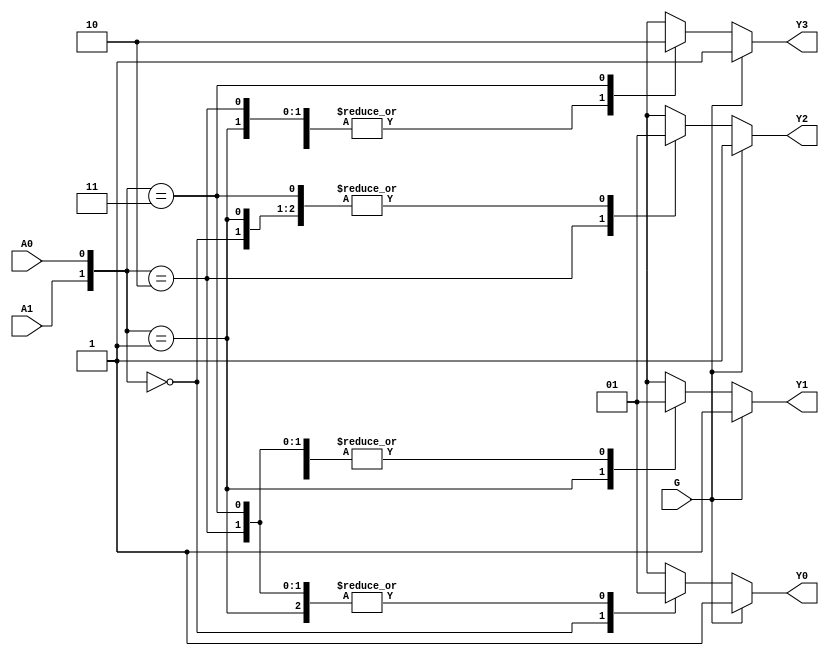
`timescale 1ns / 1ps
//////////////////////////////////////////////////////////////////////////////////
// Company: 
// Engineer: 
// 
// Design Name: 
// Module Name: _74LS139_Dec
// Project Name: 
// Target Devices: 
// Tool Versions: 
// Description: 
// 
// Dependencies: 
// 
// Revision:
// Revision 0.01 - File Created
// Additional Comments:
// 
//////////////////////////////////////////////////////////////////////////////////


module _74LS139_Dec(G,A1,A0,Y3,Y2,Y1,Y0);
    input G;//
    input A1;//
    input A0;
    output Y3;//
    output Y2;
    output Y1;
    output Y0;
    
    reg Y3,Y2,Y1,Y0;
    initial begin
        Y3 = 1;
        Y2 = 1;
        Y1 = 1;
        Y0 = 1;
    end
    always @(A1 or A0 or G  or Y0 or Y1 or Y2 or Y3) begin
        if(G) begin //
            Y3 = 1;
            Y2 = 1;
            Y1 = 1;
            Y0 = 1;
        end
        else begin
            case({A1,A0}) 
                0:begin
                    Y3 = 1;
                    Y2 = 1;
                    Y1 = 1;
                    Y0 = 0;
                  end
                1:begin
                    Y3 = 1;
                    Y2 = 1;
                    Y1 = 0;
                    Y0 = 1;
                  end
                2:begin
                    Y3 = 1;
                    Y2 = 0;
                    Y1 = 1;
                    Y0 = 1;
                  end
                3:begin
                    Y3 = 0;
                    Y2 = 1;
                    Y1 = 1;
                    Y0 = 1;
                  end
                default:
                    begin
                    Y3 = 1;
                    Y2 = 1;
                    Y1 = 1;
                    Y0 = 1;
                    end
            endcase
        end
    end
endmodule